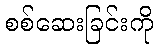
စစ်ဆေးခြင်းကို